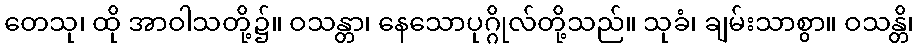
တေသု၊ ထို အာဝါသတို့၌။ ဝသန္တာ၊ နေသောပုဂ္ဂိုလ်တို့သည်။ သုခံ၊ ချမ်းသာစွာ။ ဝသန္တိ၊